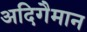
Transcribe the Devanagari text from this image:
अदिगैमान